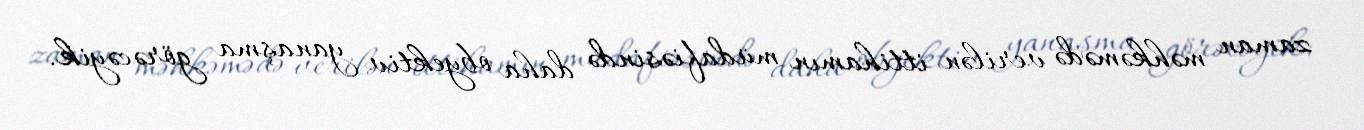
zaman məhkəmədə verilən ittihamın müdafiəsində daha obyektiv yanaşma görəcəyik.